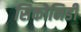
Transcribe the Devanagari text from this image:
सिकोनिडी